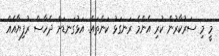
މީ މި ސަރުކާރުން ކުރި އެންމެ ރަނގަޅު ކަންތައް. އަޅުގަނޑަށް ދެހާސް ރުފިޔާއެއް